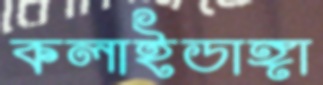
কলাইডাঙ্গা